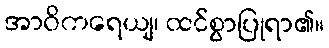
အာဝိကရေယျ၊ ထင်စွာပြုရာ၏။